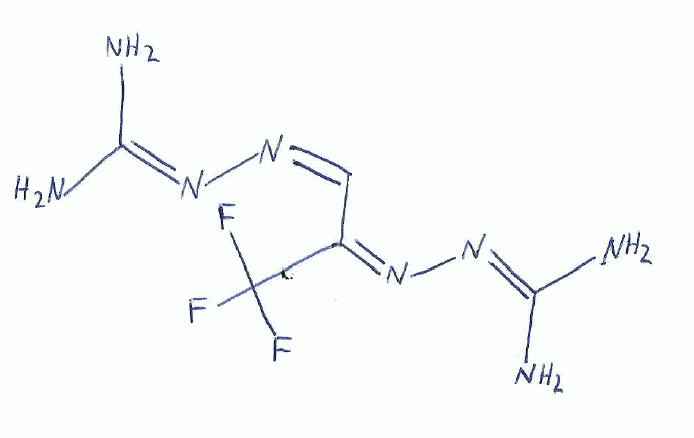
Simplified molecular-input line-entry system (SMILES) notation of the given molecule:
C(=N\N=C(N)N)\C(=N/N=C(N)N)\C(F)(F)F